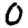
Digit: 0